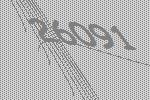
26091